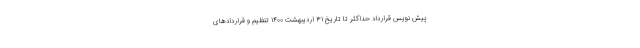
پیش نویس قرارداد حداکثر تا تاریخ ۳۱ اردیبهشت ۱۴۰۰ تنظیم و قراردادهای